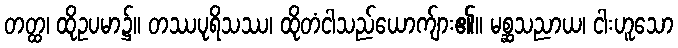
တတ္ထ၊ ထိုဥပမာ၌။ တဿပုရိသဿ၊ ထိုတံငါသည်ယောက်ျား၏။ မစ္ဆသညာယ၊ ငါးဟူသော